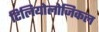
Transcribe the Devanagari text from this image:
टिलियोलोजिकल